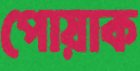
পোয়াক